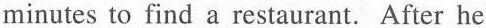
minutes to find a restaurant. After he